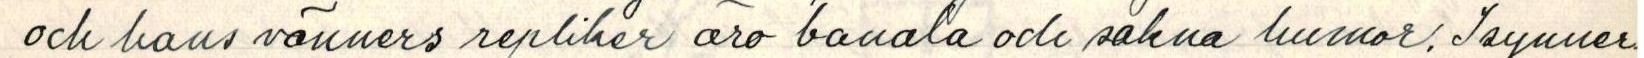
och hans vänners repliker äro banala och sakna humor. Isynner